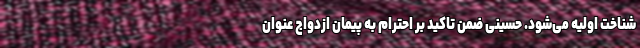
شناخت اولیه می‌شود. حسینی ضمن تاکید بر احترام به پیمان ازدواج عنوان